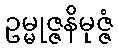
ဥမ္မုဇ္ဇနိမုဇ္ဇံ